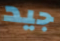
جيد